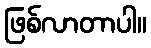
ဖြစ်လာတာပါ။